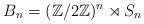
LaTeX: \begin{align*}B_n = (\mathbb Z/2 \mathbb Z)^n \rtimes S_n\end{align*}